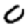
Digit: 0